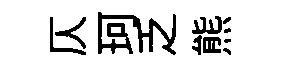
仄珂乏熊